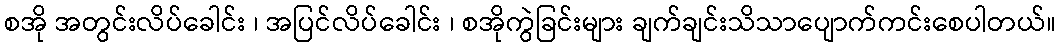
စအို အတွင်းလိပ်ခေါင်း ၊ အပြင်လိပ်ခေါင်း ၊ စအိုကွဲခြင်းများ ချက်ချင်းသိသာပျောက်ကင်းစေပါတယ်။